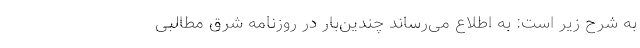
به شرح زیر است: به اطلاع می‌رساند چندین‌بار در روزنامه شرق مطالبی